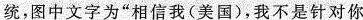
统，图中文字为”相信我(美国)，我不是针对你